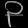
Digit: ၃